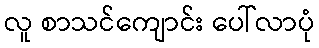
လူ စာသင်ကျောင်း ပေါ်လာပုံ